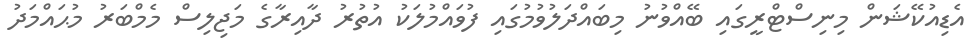
އެޑިއުކޭޝަން މިނިސްޓްރީގައި ބޭއްވުނު މިބައްދަލުވުމުގައި ފުވައްމުލަކު އުތުރު ދާއިރާގެ މަޖިލިސް މެމްބަރު މުޙައްމަދު